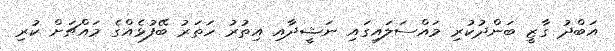
އަބްދު ގާޒީ ބަންދުކުރި މައްސަލައިގައި ނަޝީދާއި އިތުރު ހަތަރު ބޭފުޅެއްގެ މައްޗަށް ކުރި